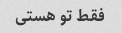
فقط تو هستی